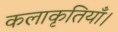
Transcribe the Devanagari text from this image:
कलाकृतियाँ।